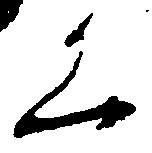
く